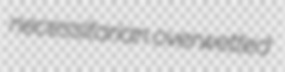
necessitarian overwetted